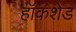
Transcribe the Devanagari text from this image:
हॉकशेड